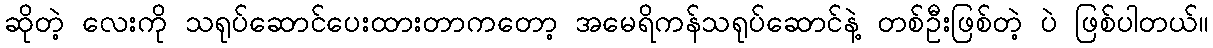
ဆိုတဲ့ လေးကို သရုပ်ဆောင်ပေးထားတာကတော့ အမေရိကန်သရုပ်ဆောင်နဲ့ တစ်ဦးဖြစ်တဲ့ ပဲ ဖြစ်ပါတယ်။